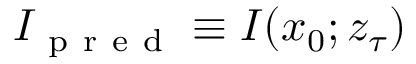
I _ { \mathrm { ~ p ~ r ~ e ~ d ~ } } \equiv I ( x _ { 0 } ; z _ { \tau } )